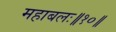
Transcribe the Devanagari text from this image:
महाबलः॥१०॥